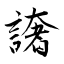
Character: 譇